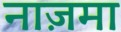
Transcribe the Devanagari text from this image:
नाज़मा